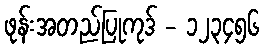
ဖုန်းအတည်ပြုကုဒ် - ၁၂၃၄၅၆